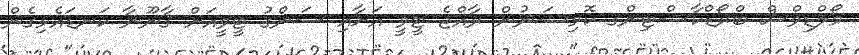
މޯލްޑިވްސް ބްރޯޑްކާސްޓިންގ ކޮމިޝަނުން ރާއްޖެ ޓީވީ އަށާއި ސަންގު ޓީވީއަށް ޤާނޫނާ ކަނޑައެޅިގެން